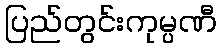
ပြည်တွင်းကုမ္ပဏီ